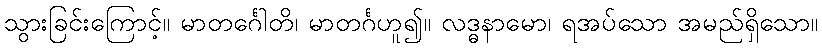
သွားခြင်းကြောင့်။ မာတင်္ဂေါတိ၊ မာတင်္ဂဟူ၍။ လဒ္ဓနာမော၊ ရအပ်သော အမည်ရှိသော။